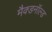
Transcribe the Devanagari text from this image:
मैक्डनॉल्ड